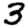
Digit: 3